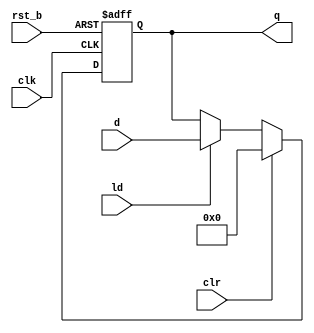
module rgst #(
	parameter w=8
)(
	input clk, rst_b, ld, clr,
	input [w-1:0] d,
	output reg [w-1:0] q
);
	always @ (posedge clk, negedge rst_b)
		if (!rst_b)			q <= 0;
		else if (clr)			q <= 0;
		else if (ld)			q <= d;
endmodule